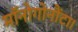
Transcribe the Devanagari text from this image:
मॉनोगोनौंटा।